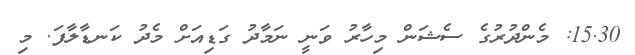
15.30: މެންދުރުގެ ސެޝަން މިހާރު ވަނީ ނަމާދު ގަޑިއަށް މެދު ކަނޑާލާފަ. މި